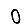
Digit: 0